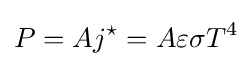
P=Aj^{\star }=A\varepsilon \sigma T^{4}